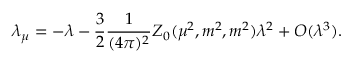
\lambda _ { \mu } = - \lambda - \frac { 3 } { 2 } \frac { 1 } { ( 4 \pi ) ^ { 2 } } Z _ { 0 } ( \mu ^ { 2 } , m ^ { 2 } , m ^ { 2 } ) \lambda ^ { 2 } + O ( \lambda ^ { 3 } ) .